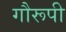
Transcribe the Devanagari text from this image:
गौरूपी